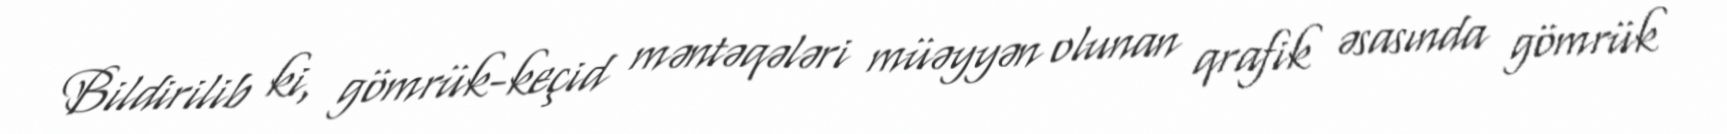
Bildirilib ki, gömrük-keçid məntəqələri müəyyən olunan qrafik əsasında gömrük